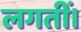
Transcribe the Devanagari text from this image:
लगतीं।